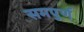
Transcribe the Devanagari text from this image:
समपुर्ण